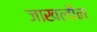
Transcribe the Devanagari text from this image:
जाखलौन